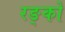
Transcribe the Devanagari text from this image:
रङ्को